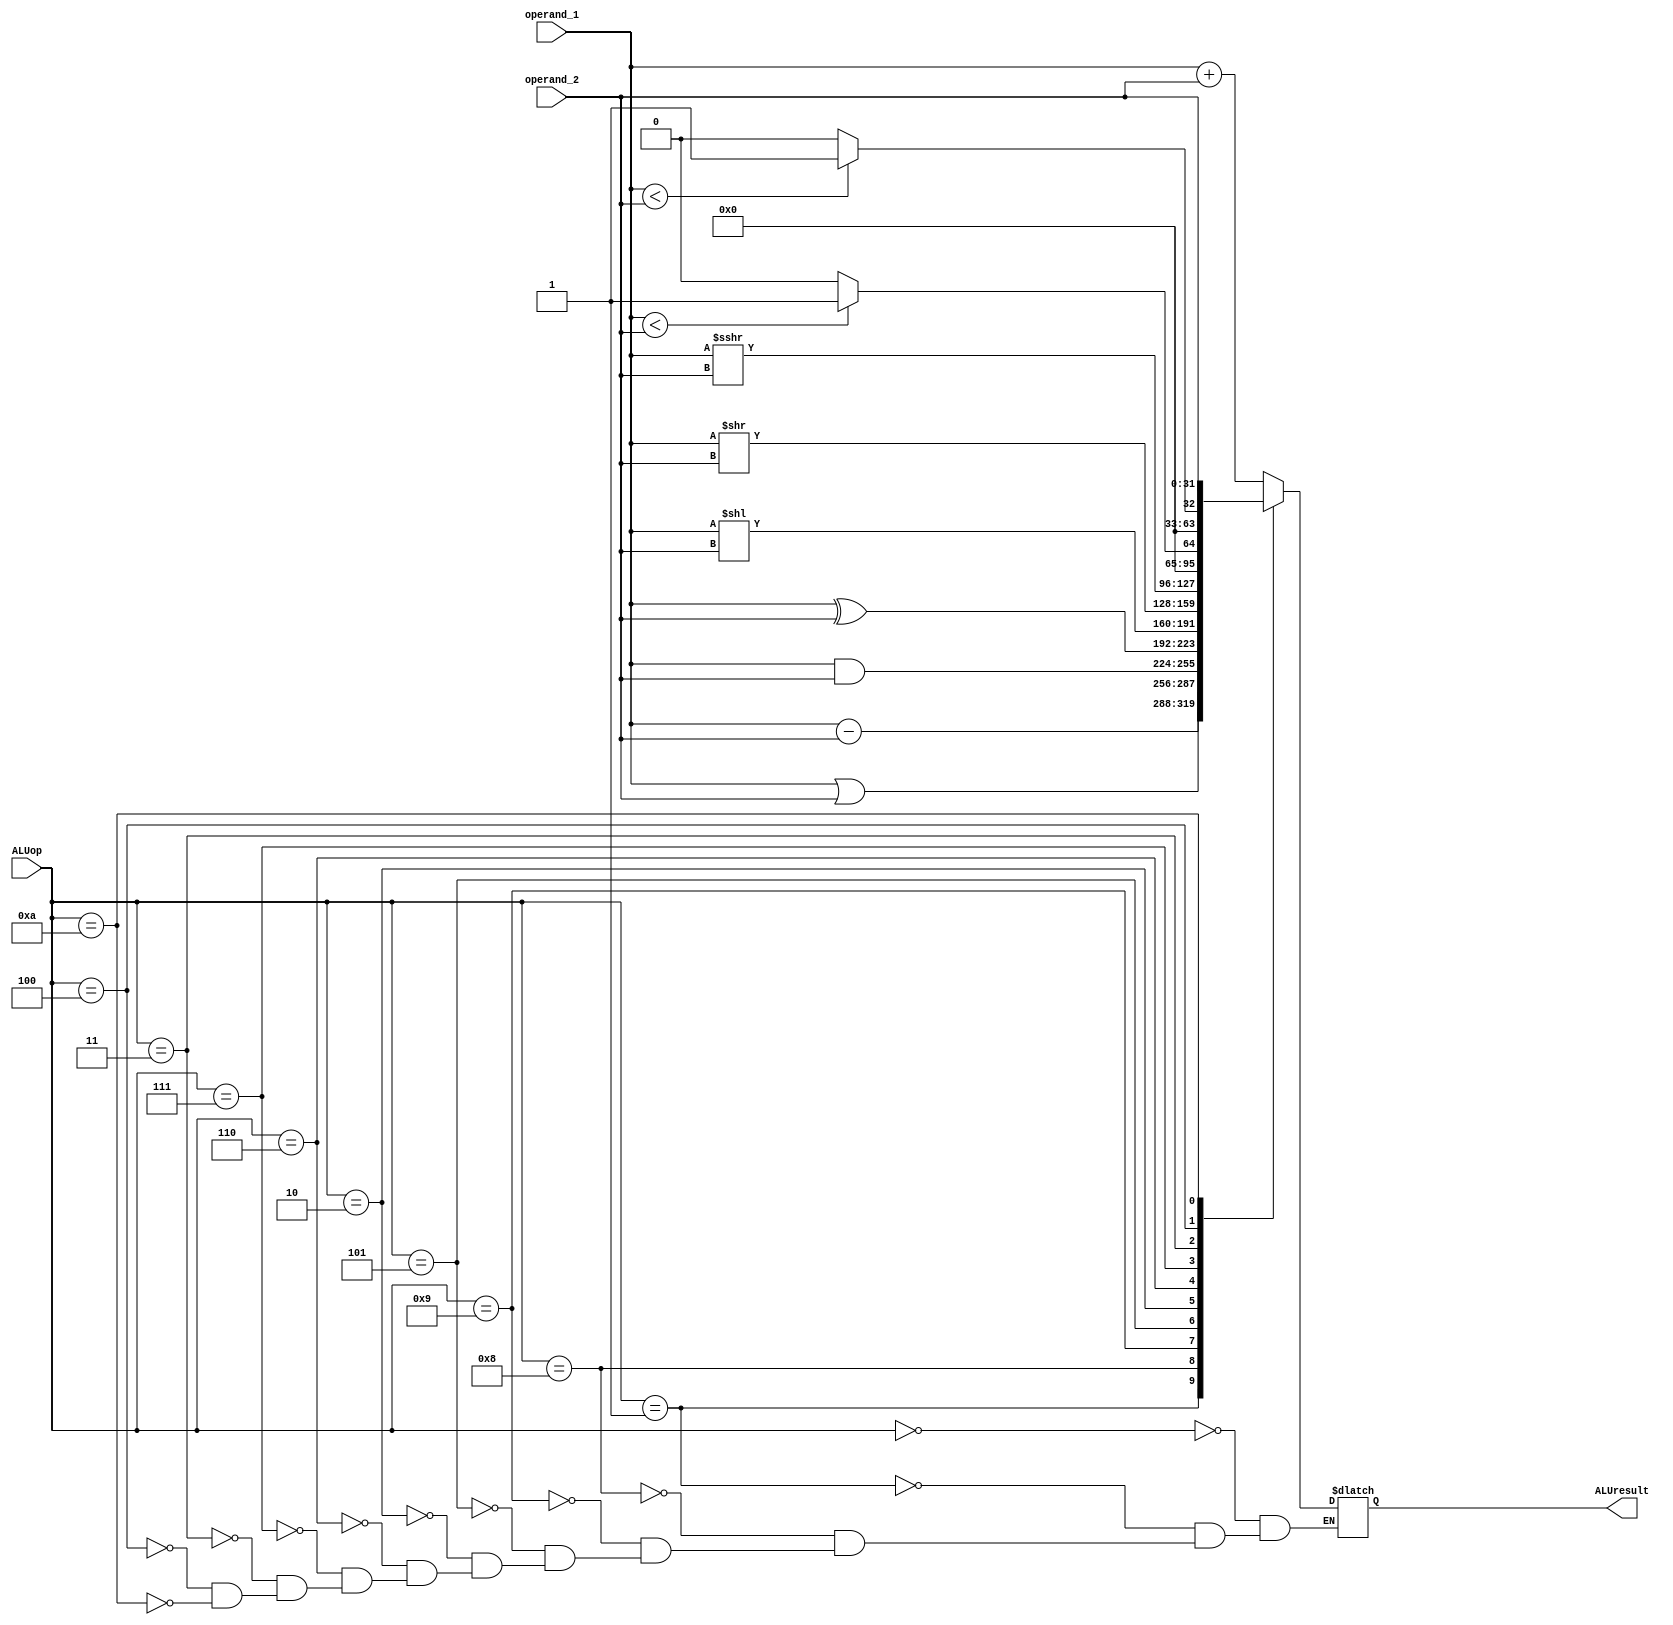
`timescale 1ns / 10ps

module ArithmeticLogicUnit(
	input[3:0] ALUop,
	input[31:0] operand_1, operand_2,
	output reg[31:0] ALUresult
);

parameter ADD  = 4'b0000;
parameter SUB  = 4'b0001;
parameter SLL   = 4'b0010;
parameter SLT  = 4'b0011;
parameter SLTU  = 4'b0100;
parameter XOR  = 4'b0101;
parameter SRL = 4'b0110;
parameter SRA  = 4'b0111;
parameter OR  = 4'b1000;
parameter AND  = 4'b1001;
parameter NULL  = 4'b1010;

initial
begin
    
end

always@(*)
begin
	case(ALUop)
        ADD : ALUresult = operand_1 + operand_2; //ADD
        SUB : ALUresult = operand_1 - operand_2; //SUBTRACT
        OR  : ALUresult = operand_1 | operand_2; //OR
        AND : ALUresult = operand_1 & operand_2; //AND
        XOR : ALUresult = operand_1 ^ operand_2; //XOR
        SLL : ALUresult = operand_1 << operand_2; //SLL
        SRL : ALUresult = operand_1 >> operand_2; //SRL
        SRA : ALUresult = operand_1 >>> operand_2; //SRA
        SLT : ALUresult = ($signed(operand_1) < $signed(operand_2)) ? 1 : 0; //SLT
        SLTU : ALUresult = (operand_1 < operand_2) ? 1 : 0; //SLTU
        NULL : ALUresult = operand_2;
	endcase
end

endmodule